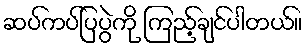
ဆပ်ကပ်ပြပွဲကို ကြည့်ချင်ပါတယ်။